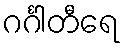
ဂင်္ဂါတီရေ